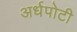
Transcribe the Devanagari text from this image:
अर्धपोटी